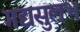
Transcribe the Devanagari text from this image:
गद्यसुलभ